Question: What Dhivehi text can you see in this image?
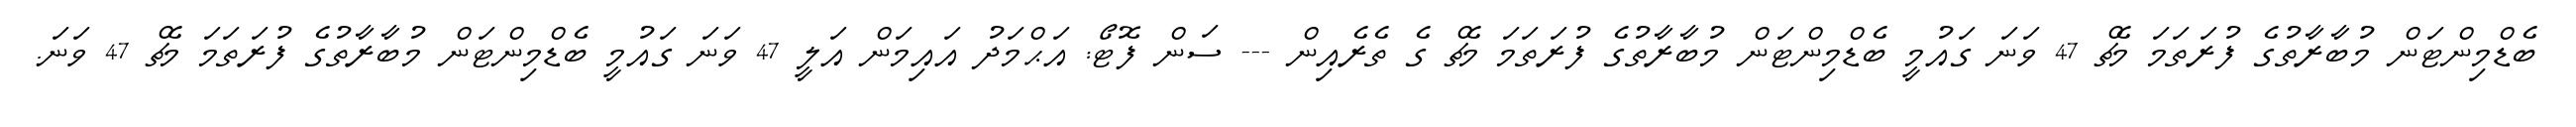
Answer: ބެޑްމިންޓަން މުބާރާތުގެ ފުރަތަމަ މެޗް 47 ވަނަ ގައުމީ ބެޑްމިންޓަން މުބާރާތުގެ ފުރަތަމަ މެޗް ގެ ތެރެއިން --- ސަން ފޮޓޯ: އަޙްމަދު އައިމަން އަލީ 47 ވަނަ ގައުމީ ބެޑްމިންޓަން މުބާރާތުގެ ފުރަތަމަ މެޗް 47 ވަނަ.